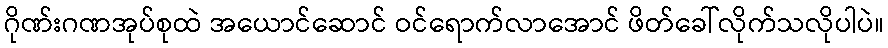
ဂိုဏ်းဂဏအုပ်စုထဲ အယောင်ဆောင် ဝင်ရောက်လာအောင် ဖိတ်ခေါ်လိုက်သလိုပါပဲ။